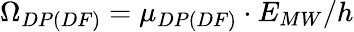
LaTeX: \Omega_{DP(DF)}=\mu_{DP(DF)}\cdot E_{MW}/h